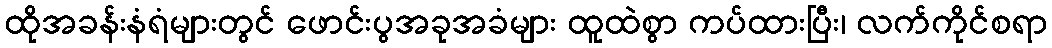
ထိုအခန်းနံရံများတွင် ဖောင်းပွအခုအခံများ ထူထဲစွာ ကပ်ထားပြီး၊ လက်ကိုင်စရာ